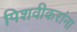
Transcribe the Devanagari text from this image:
पिशवीकरांना